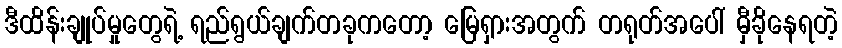
ဒီထိန်းချုပ်မှုတွေရဲ့ ရည်ရွယ်ချက်တခုကတော့ မြေရှားအတွက် တရုတ်အပေါ် မှီခိုနေရတဲ့